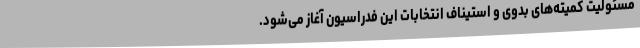
مسئولیت کمیته‌های بدوی و استیناف انتخابات این فدراسیون آغاز می‌شود.